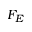
F _ { E }